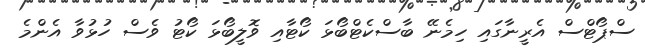
ސްޕޯޓްސް އެރީނާގައި ހިމެނޭ ބާސްކެޓްބޯޅަ ކޯޓާއި ވޮލީބޯޅަ ކޯޓު ވެސް ހުޅުވާ އެންމެ